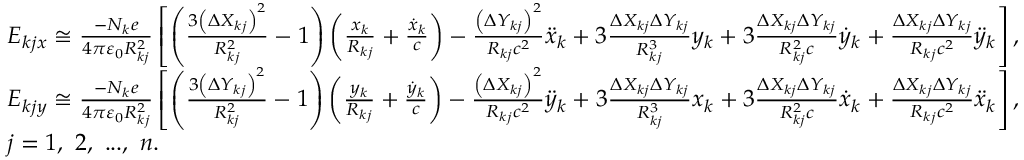
\centering \begin{array} { r l } & { E _ { k j x } \cong \frac { - N _ { k } e } { 4 \pi \varepsilon _ { 0 } R _ { k j } ^ { 2 } } \left[ \left( \frac { 3 \left( \Delta X _ { k j } \right) ^ { 2 } } { R _ { k j } ^ { 2 } } - 1 \right) \left( \frac { x _ { k } } { R _ { k j } } + \frac { \dot { x } _ { k } } { c } \right) - \frac { \left( \Delta Y _ { k j } \right) ^ { 2 } } { R _ { k j } c ^ { 2 } } \ddot { x } _ { k } + 3 \frac { \Delta X _ { k j } \Delta Y _ { k j } } { R _ { k j } ^ { 3 } } y _ { k } + 3 \frac { \Delta X _ { k j } \Delta Y _ { k j } } { R _ { k j } ^ { 2 } c } \dot { y } _ { k } + \frac { \Delta X _ { k j } \Delta Y _ { k j } } { R _ { k j } c ^ { 2 } } \ddot { y } _ { k } \right] , } \\ & { E _ { k j y } \cong \frac { - N _ { k } e } { 4 \pi \varepsilon _ { 0 } R _ { k j } ^ { 2 } } \left[ \left( \frac { 3 \left( \Delta Y _ { k j } \right) ^ { 2 } } { R _ { k j } ^ { 2 } } - 1 \right) \left( \frac { y _ { k } } { R _ { k j } } + \frac { \dot { y } _ { k } } { c } \right) - \frac { \left( \Delta X _ { k j } \right) ^ { 2 } } { R _ { k j } c ^ { 2 } } \ddot { y } _ { k } + 3 \frac { \Delta X _ { k j } \Delta Y _ { k j } } { R _ { k j } ^ { 3 } } x _ { k } + 3 \frac { \Delta X _ { k j } \Delta Y _ { k j } } { R _ { k j } ^ { 2 } c } \dot { x } _ { k } + \frac { \Delta X _ { k j } \Delta Y _ { k j } } { R _ { k j } c ^ { 2 } } \ddot { x } _ { k } \right] , } \\ & { j = 1 , ~ 2 , ~ . . . , ~ n . } \end{array}